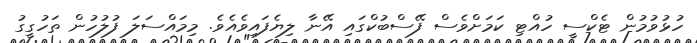
ހުޅުވުމުން ޓެކްސީ ހުއްޓި ކަމަށްވެސް ފޭސްބުކްގައި އޭނާ ލިޔެފައިވެއެވެ. މިމައްސަލަ ފުލުހުން ތަހުގީގު